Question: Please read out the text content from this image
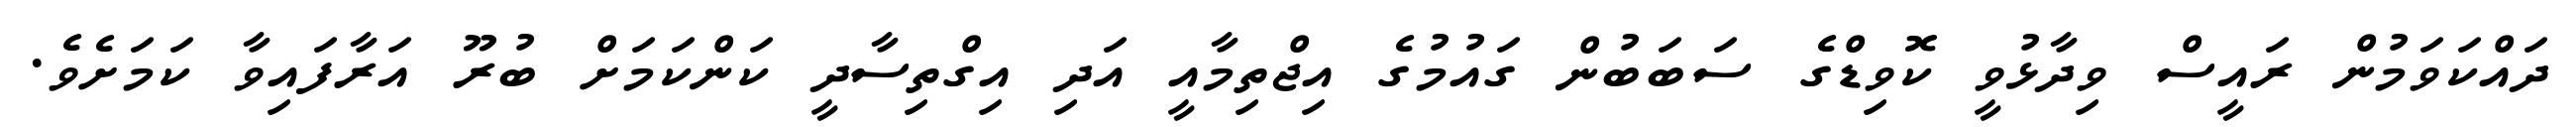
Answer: ދައްކަވަމުން ރައީސް ވިދާޅުވީ ކޮވިޑްގެ ސަބަބުން ގައުމުގެ އިޖްތިމާއީ އަދި އިގްތިސާދީ ކަންކަމަށް ބުރޫ އަރާފައިވާ ކަމަށެވެ.